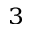
^ 3